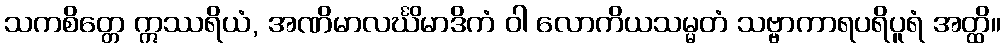
သကစိတ္တေ ဣဿရိယံ, အဏိမာလင်္ဃိမာဒိကံ ဝါ လောကိယသမ္မတံ သဗ္ဗာကာရပရိပူရံ အတ္ထိ။